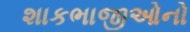
શાકભાજીઓનો